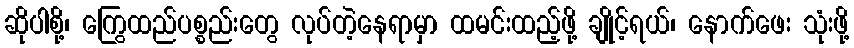
ဆိုပါစို့၊ ကြွေထည်ပစ္စည်းတွေ လုပ်တဲ့နေရာမှာ ထမင်းထည့်ဖို့ ချိုင့်ရယ်၊ နောက်ဖေး သုံးဖို့